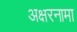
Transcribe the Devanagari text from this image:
अक्षरनामा